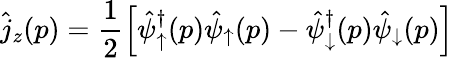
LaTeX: \hat{j}_{z}(p)=\frac{1}{2}\left[\hat{\psi}_{\uparrow}^{\dagger}(p)\hat{\psi}_{\uparrow}(p)-\hat{\psi}_{\downarrow}^{\dagger}(p)\hat{\psi}_{\downarrow}(p)\right]